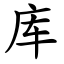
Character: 库